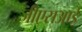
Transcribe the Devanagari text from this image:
जीएसआई